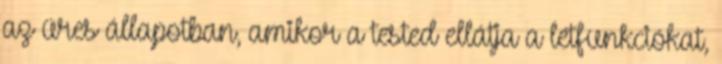
az üres állapotban, amikor a tested ellátja a létfunkciókat,